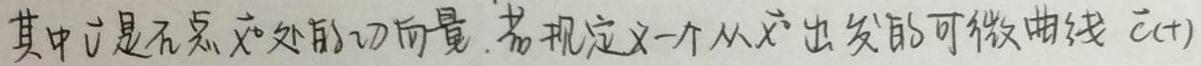
其中$\vec{v}$是在点$\vec{x}_0$处的切向量. 若规定一个从$\vec{x}_0$出发的可微曲线$\vec{c}(t)$